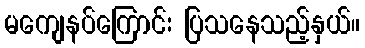
မကျေနပ်ကြောင်း ပြသနေသည့်နှယ်။